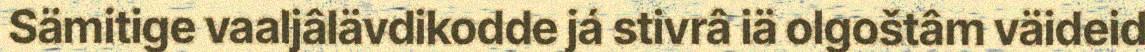
Sämitige vaaljâlävdikodde já stivrâ iä olgoštâm väideid